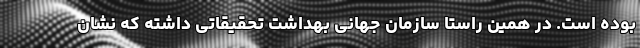
بوده است. در همین راستا سازمان جهانی بهداشت تحقیقاتی داشته که نشان